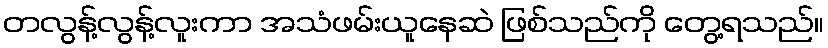
တလွန့်လွန့်လူးကာ အသံဖမ်းယူနေဆဲ ဖြစ်သည်ကို တွေ့ရသည်။